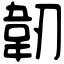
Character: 韌